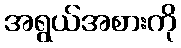
အရွယ်အစားကို